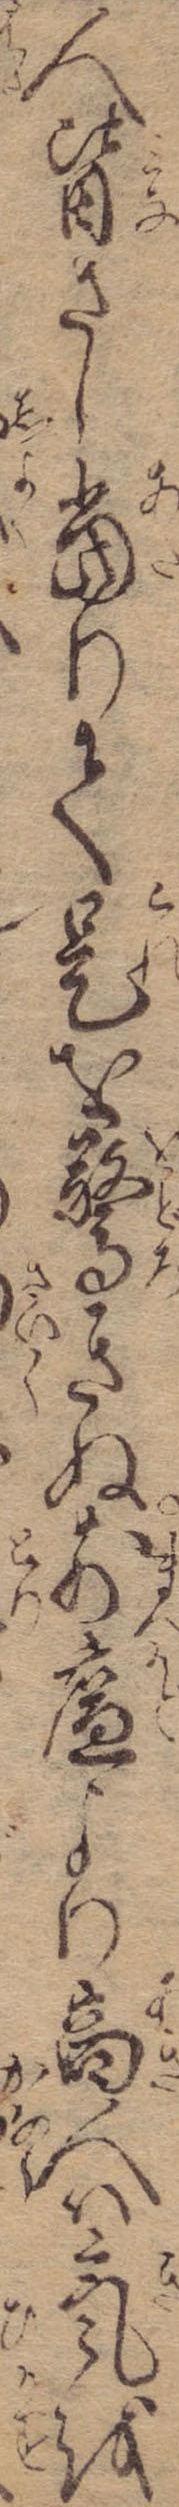
人皆さし当りて是を驚きぬ前廉より商人は気を